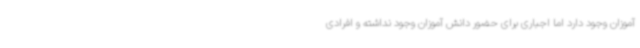
آموزان وجود دارد اما اجباری برای حضور دانش آموزان وجود نداشته و افرادی